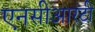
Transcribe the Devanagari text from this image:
एनसीआरटी